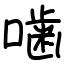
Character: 噛